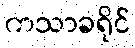
ကသာခရိုင်